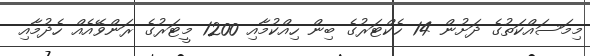
މިމަސައްކަތުގެ ދަށުން 14 ހެކްޓަރުގެ ބިން ހިއްކުމާއި 1200 މީޓަރުގެ ރަންވޭއެއް ހެދުމާއި